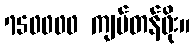
750000 ကျပ်တန်ဖိုး။